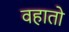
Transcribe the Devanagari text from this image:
वहातो